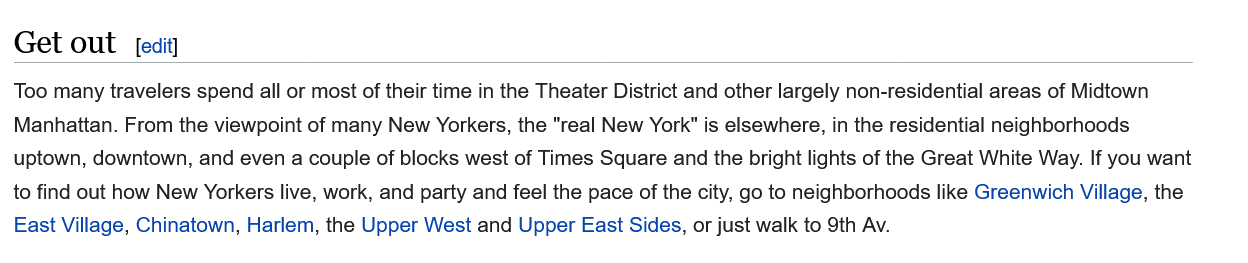
Get  out   edit]
  Too many travelers spend all or most of their time in the Theater District and other largely non-residential areas of Midtown
  Manhattan. From the viewpoint of many New Yorkers, the "real New York" is elsewhere, in the residential neighborhoods
  uptown, downtown, and even a couple of blocks west of Times Square and the bright lights of the Great White Way. If you want
  to find out how New Yorkers live, work, and party and feel the pace of the city, go to neighborhoods like Greenwich Village, the
  East Village, Chinatown, Harlem, the Upper West and Upper East Sides, or just walk to 9th Av.